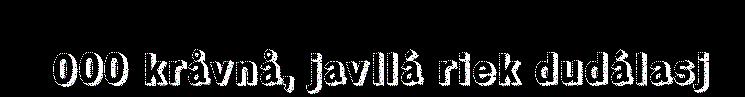
000 kråvnå, javllá riek dudálasj